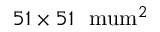
5 1 \times 5 1 ~ \mathrm { \ m u m } ^ { 2 }